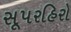
સૂપરહિરો